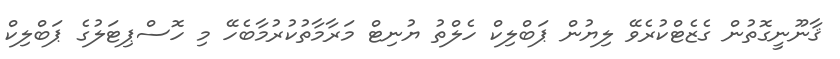
ޤާނޫނީގޮތުން ގެޒެޓްކުރެވޭ ލިޔުން ޕަބްލިކް ހެލްތު ޔުނިޓް މަރާމާތުކުރުމާބެހޭ މި ހޮސްޕިޓަލުގެ ޕަބްލިކް